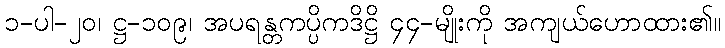
၁-ပါ-၂၀၊ ဋ္ဌ-၁၀၉၊ အပရန္တကပ္ပိကဒိဋ္ဌိ ၄၄-မျိုးကို အကျယ်ဟောထား၏။